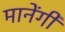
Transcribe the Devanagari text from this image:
मानेंगी